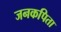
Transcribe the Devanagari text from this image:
जनकपिता